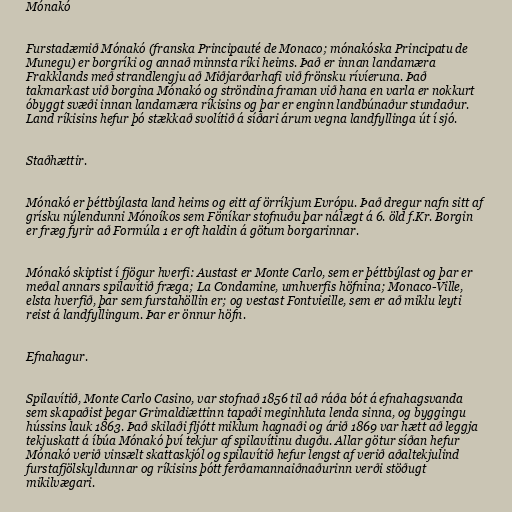
Mónakó

Furstadæmið Mónakó (franska Principauté de Monaco; mónakóska Principatu de
Munegu) er borgríki og annað minnsta ríki heims. Það er innan landamæra
Frakklands með strandlengju að Miðjarðarhafi við frönsku rívíeruna. Það
takmarkast við borgina Mónakó og ströndina framan við hana en varla er nokkurt
óbyggt svæði innan landamæra ríkisins og þar er enginn landbúnaður stundaður.
Land ríkisins hefur þó stækkað svolítið á síðari árum vegna landfyllinga út í sjó.

Staðhættir.

Mónakó er þéttbýlasta land heims og eitt af örríkjum Evrópu. Það dregur nafn sitt af
grísku nýlendunni Mónoíkos sem Föníkar stofnuðu þar nálægt á 6. öld f.Kr. Borgin
er fræg fyrir að Formúla 1 er oft haldin á götum borgarinnar.

Mónakó skiptist í fjögur hverfi: Austast er Monte Carlo, sem er þéttbýlast og þar er
meðal annars spilavítið fræga; La Condamine, umhverfis höfnina; Monaco-Ville,
elsta hverfið, þar sem furstahöllin er; og vestast Fontvieille, sem er að miklu leyti
reist á landfyllingum. Þar er önnur höfn.

Efnahagur.

Spilavítið, Monte Carlo Casino, var stofnað 1856 til að ráða bót á efnahagsvanda
sem skapaðist þegar Grimaldiættinn tapaði meginhluta lenda sinna, og byggingu
hússins lauk 1863. Það skilaði fljótt miklum hagnaði og árið 1869 var hætt að leggja
tekjuskatt á íbúa Mónakó því tekjur af spilavítinu dugðu. Allar götur síðan hefur
Mónakó verið vinsælt skattaskjól og spilavítið hefur lengst af verið aðaltekjulind
furstafjölskyldunnar og ríkisins þótt ferðamannaiðnaðurinn verði stöðugt
mikilvægari.